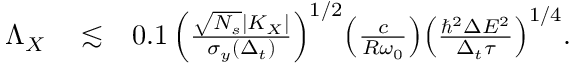
\begin{array} { r l r } { \Lambda _ { X } } & { { } \lesssim } & { 0 . 1 \, { \left( \frac { \sqrt { N _ { s } } | K _ { X } | } { \sigma _ { y } ( \Delta _ { t } ) } \right) } ^ { 1 / 2 } { \left( \frac { c } { R \omega _ { 0 } } \right) } { \left( \frac { \hbar ^ { 2 } \Delta E ^ { 2 } } { \Delta _ { t } \tau } \right) } ^ { 1 / 4 } . } \end{array}